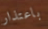
باعتذار